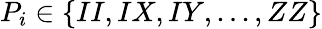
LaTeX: P_{i}\in\{ II,IX,IY,...,ZZ\}